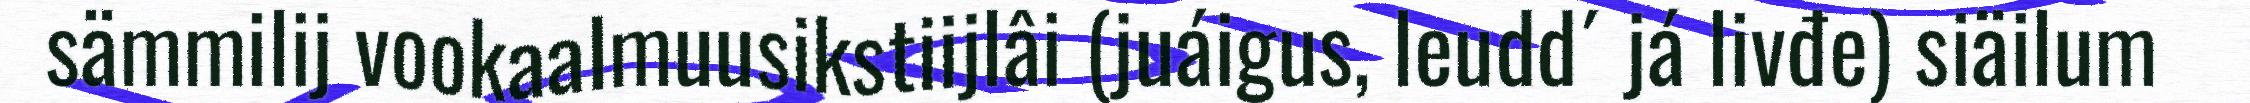
sämmilij vookaalmuusikstiijlâi (juáigus, leudd´ já livđe) siäilum